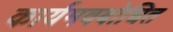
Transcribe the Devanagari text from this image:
कार्यमवबोधित